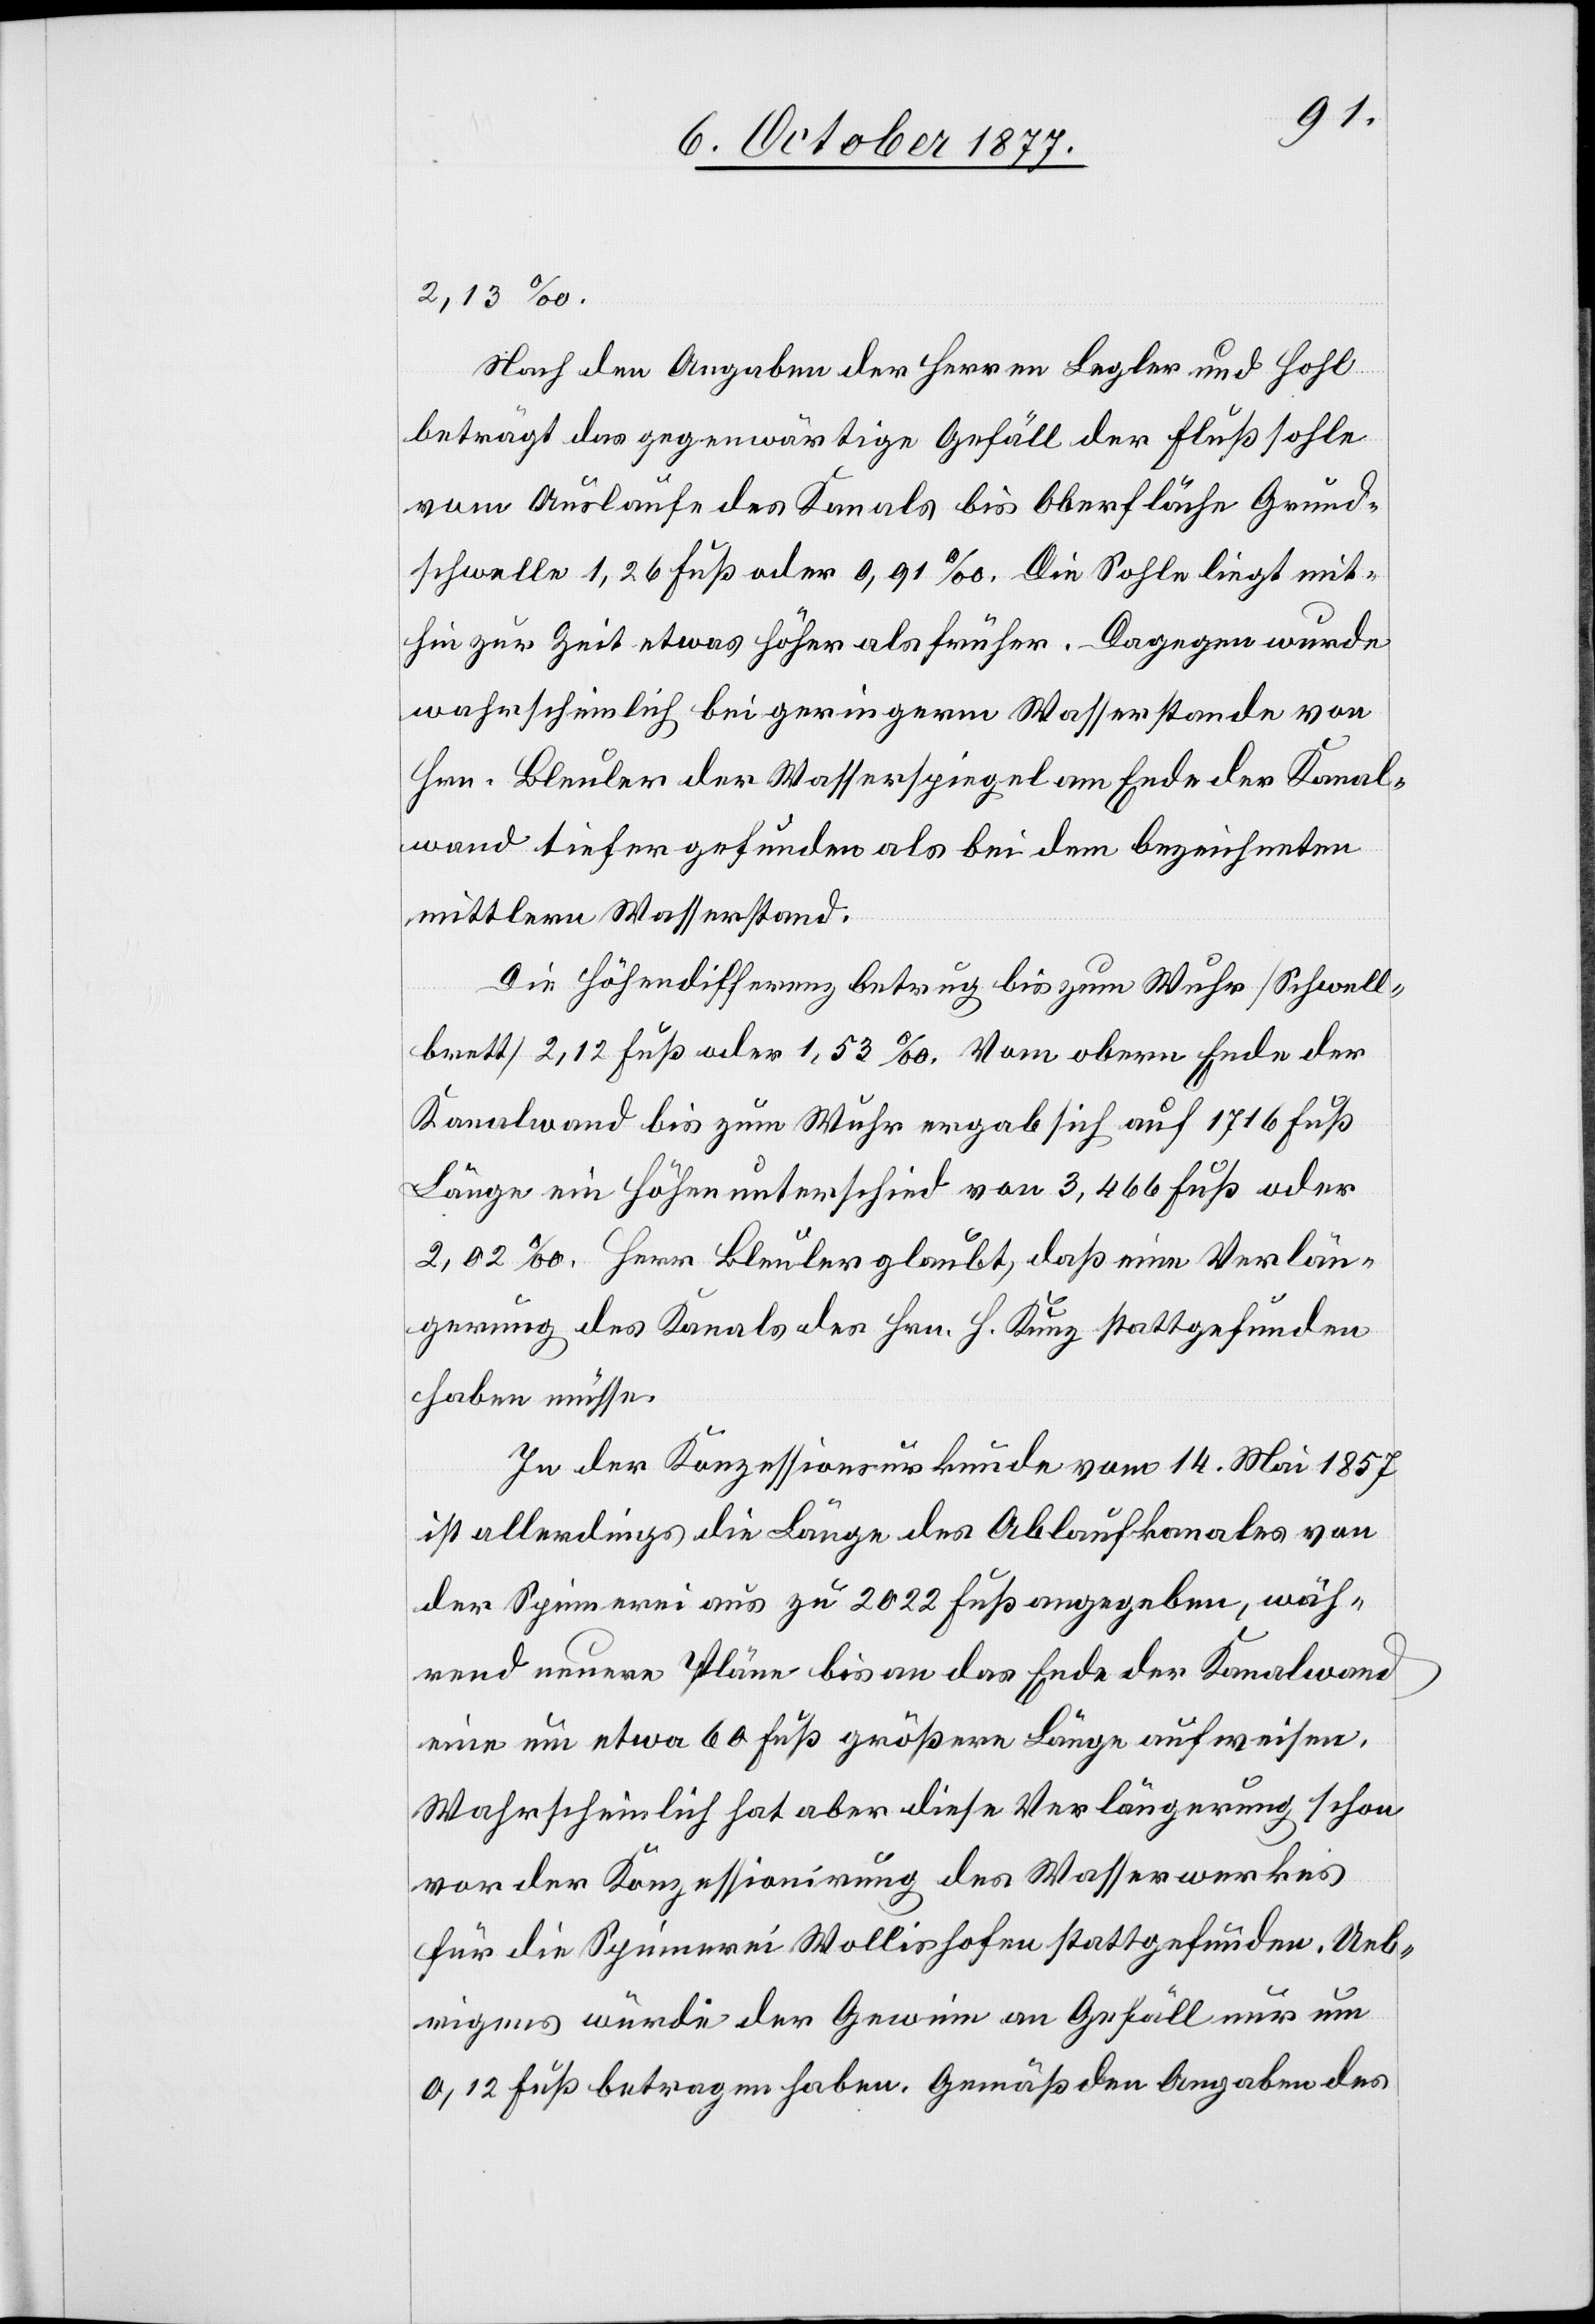
Nach den Angaben der Herren Legler und Hohl
beträgt das gegenwärtige Gefäll der Flußsohle
vom Auslaufe des Kanals bis Oberfläche Grund¬
schwelle 1,26 Fuß oder 0,91‰. Die Sohle liegt mit¬
hin zur Zeit etwas höher als früher. Dagegen wurde
wahrscheinlich bei geringerm Wasserstande von
Hrn. Bleuler der Wasserspiegel am Ende der Kanal¬
wand tiefer gefunden als bei dem bezeichneten
mittlern Wasserstand.
Die Höhendifferenz betrug bis zum Wuhr [Schwell¬
brett] 2,12 Fuß oder 1,53‰. Vom obern Ende der
Kanalwand bis zum Wuhr ergab sich auf 1716 Fuß
Länge ein Höhenunterschied von 3,466 Fuß oder
2,02‰. Herr Bleuler glaubt, daß eine Verlän¬
gerung des Kanals des Hrn. H. Kunz stattgefunden
haben müsse.
In der Konzessionsurkunde vom 14. Mai 1857
ist allerdings die Länge des Ablaufkanales von
der Spinnerei aus zu 2022 Fuß angegeben, wäh¬
rend neuere Pläne bis an das Ende der Kanalwand
eine um etwa 60 Fuß größere Länge aufweisen.
Wahrscheinlich hat aber diese Verlängerung schon
vor der Konzessionirung des Wasserwerkes
für die Spinnerei Wollishofen stattgefunden. Ueb¬
rigens würde der Gewinn an Gefäll nur um
0,12 Fuß betragen haben. Gemäß den Angaben des